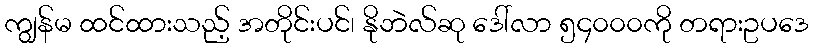
ကျွန်မ ထင်ထားသည့် အတိုင်းပင်၊ နိုဘဲလ်ဆု ဒေါ်လာ ၅၄၀၀၀ကို တရားဥပဒေ